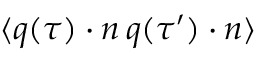
\langle q ( \tau ) \cdot n \, q ( \tau ^ { \prime } ) \cdot n \rangle